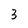
Character: 3